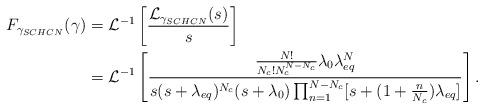
LaTeX: \begin{align*} F_{\gamma_{SCHCN}}(\gamma)&=\mathcal{L}^{-1}\left[\frac{\mathcal{L}_{\gamma_{SCHCN}}(s)}{s}\right]\\&=\mathcal{L}^{-1}\left[\frac{\frac{N!}{N_c!N_c^{N-N_c}}\lambda_{0}\lambda_{eq}^N}{s(s+\lambda_{eq})^{N_c} (s+\lambda_{0}) \prod_{n=1}^{N-N_c}[s+(1+\frac{n}{N_c})\lambda_{eq}]}\right]. \end{align*}